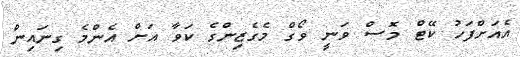
އެއަށްފަހު ކޭޓް މޮސް ވަނީ ވޯގް މެގެޒިންގެ ކަވާ އަށް އެންމެ ގިނައިން